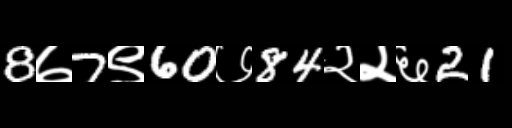
Text: 8७7९60७84२२६21